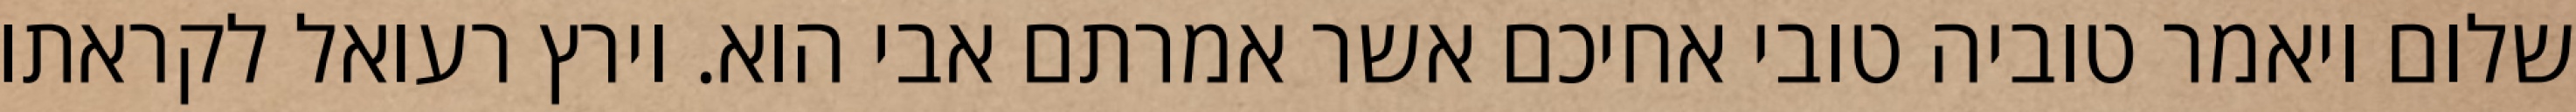
שלום ויאמר טוביה טובי אחיכם אשר אמרתם אבי הוא. וירץ רעואל לקראתו